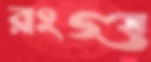
রংগু